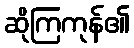
ဆိုကြကုန်၏